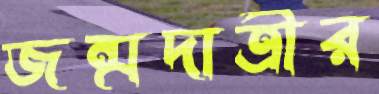
জন্মদাত্রীর